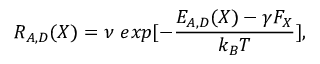
\, \, R _ { A , D } ( X ) = \nu \ e x p [ - \frac { E _ { A , D } ( X ) - \gamma F _ { X } } { k _ { B } T } ] ,